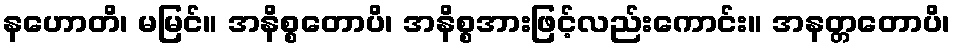
နဟောတိ၊ မမြင်။ အနိစ္စတောပိ၊ အနိစ္စအားဖြင့်လည်းကောင်း။ အနတ္တတောပိ၊